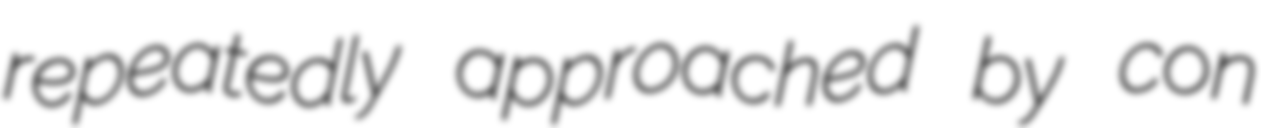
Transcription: repeatedly approached by con